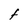
Character: F